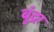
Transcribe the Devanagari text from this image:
बुंद्रा